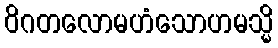
ဝိဂတလောမဟံသောဟမသ္မိ